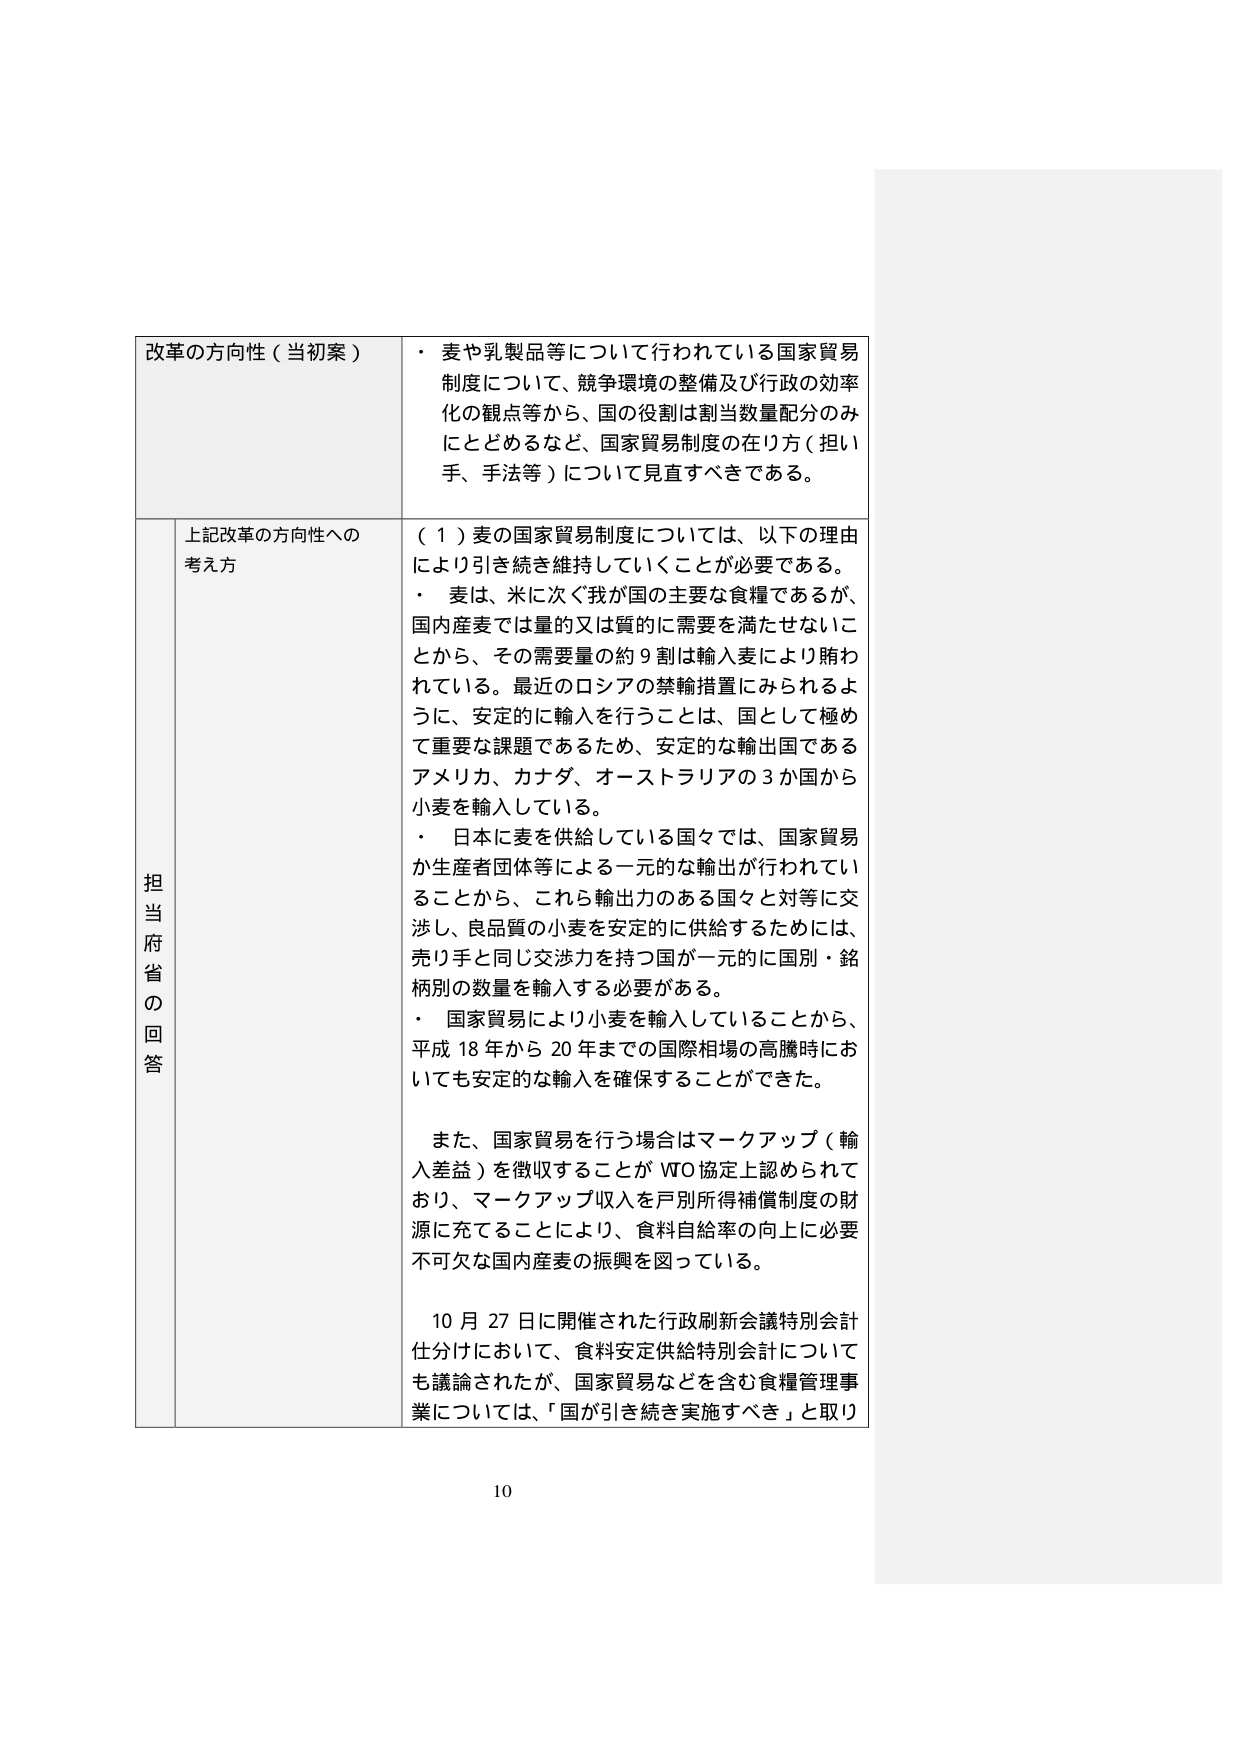
改革の方向性（当初案）
・ 麦や乳製品等について行われている国家貿易制度について、競争環境の整備及び行政の効率化の観点等から、国の役割は割当数量配分のみにとどめるなど、国家貿易制度の在り方（担い手、手法等）について見直すべきである。

担当府省の回答
上記改革の方向性への考え方
（１）麦の国家貿易制度については、以下の理由により引き続き維持していくことが必要である。
・ 麦は、米に次ぐ我が国の主要な食糧であるが、国内産麦では量的又は質的に需要を満たせないことから、その需要量の約９割は輸入麦により賄われている。最近のロシアの禁輸措置にみられるように、安定的に輸入を行うことは、国として極めて重要な課題であるため、安定的な輸出国であるアメリカ、カナダ、オーストラリアの３か国から小麦を輸入している。
・ 日本に麦を供給している国々では、国家貿易か生産者団体等による一元的な輸出が行われていることから、これら輸出力のある国々と対等に交渉し、良品質の小麦を安定的に供給するためには、売り手と同じ交渉力を持つ国が一元的に国別・銘柄別の数量を輸入する必要がある。
・ 国家貿易により小麦を輸入していることから、平成18年から20年までの国際相場の高騰時においても安定的な輸入を確保することができた。
また、国家貿易を行う場合はマーケアップ（輸入差益）を徴収することがＷＴＯ協定上認められており、マーケアップ収入を戸別所得補償制度の財源に充てることにより、食料自給率の向上に必要不可欠な国内産麦の振興を図っている。
10月27日に開催された行政刷新会議特別会計仕分けにおいて、食料安定供給特別会計についても議論されたが、国家貿易などを含む食糧管理事業については、「国が引き続き実施すべき」と取り

10